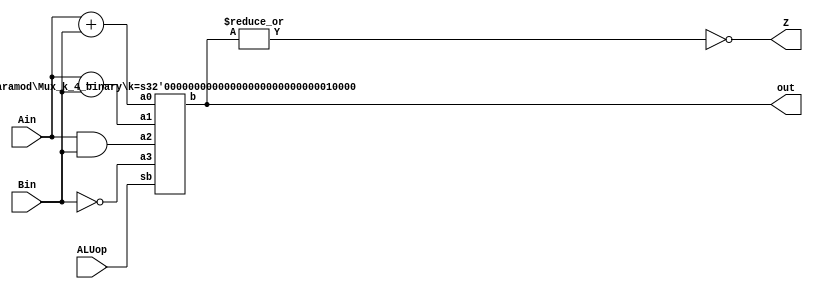
module ALU(Ain, Bin, ALUop, out, Z);
  input [15:0] Ain, Bin;
  input [1:0] ALUop;
  output [15:0] out;
  output Z;

  wire [15:0] add_val, sub_val, and_val, not_b;
  
  //calculate possible output values
  assign add_val = Ain + Bin;
  assign sub_val = Ain - Bin;
  assign and_val = Ain & Bin;
  assign not_b = ~Bin;

  
  //MUX that selects which operation to output 
  Mux_k_4_binary #(16) alu_MUX(not_b,and_val,sub_val,add_val, ALUop, out);
  assign Z = ~(|out); //assign Z = 1 if output is all 0's
endmodule

//k bit ,4 input, binary select MUX
module Mux_k_4_binary(a3, a2, a1, a0, sb, b);
  parameter k = 1 ;
  input [k-1:0] a3, a2, a1, a0; //inputs
  input [1:0] sb; //select
  output [k-1:0] b;
  wire [3:0] s;

  Dec #(2,4) de(sb, s); //decoder takes binary input and gives one hot output
  Mux4 #(k) m(a3, a2, a1, a0, s, b); 
endmodule
  
//4 input k bit MUX, one hot select
module Mux4(a3, a2, a1, a0, s, b);
  parameter k = 1;
  input [k-1:0] a3, a2, a1, a0; //inputs
  input [3:0] s; //select
  output [k-1:0] b;
  wire [k-1:0] b =   ({k{s[0]}} & a0) |
		     ({k{s[1]}} & a1) |
		     ({k{s[2]}} & a2) |
		     ({k{s[3]}} & a3) ;
endmodule

//k bit selecter MUX (used in data path)
module Mux2(a1, a0, s, b);
  parameter k = 1;
  input [k-1:0] a1, a0; //inputs
  input s; //select
  output [k-1:0] b;
  wire [k-1:0] b =   ({k{~s}} & a0) |
		     ({k{s}} & a1) ;
endmodule

//Source: slide set 6
// n:m decoder
//
// Parameters:
// a - binary input   (n bits wide)
// b - one hot output (m bits wide)
module Dec(a, b) ;
  parameter n=2 ;
  parameter m=4 ;

  input  [n-1:0] a ;
  output [m-1:0] b ;

  wire [m-1:0] b = 1 << a ;
endmodule